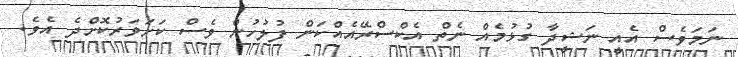
ނަމަވެސް އެއީ ނަޝީދާ ގުޅުމެއް ނެތް އެކްސްރޭއެއްކަން ފުލުހުން ވެސް ކަށަވަރުކޮށްދެ އެވެ.